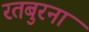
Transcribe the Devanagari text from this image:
रतबुरना